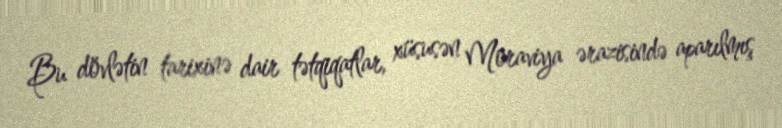
Bu dövlətin tarixinə dair tətqiqatlar, xüsusən Moraviya ərazisində aparılmış